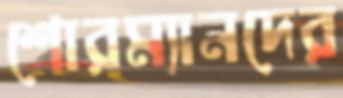
শোরম্যানদের